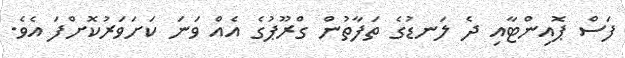
ފަސް ޕޮއިންޓާއި ދެ ލަނޑުގެ ތަފާތުން ގްރޫޕުގެ އެއް ވަނަ ކަށަވަރުކޮށްފަ އެވެ.